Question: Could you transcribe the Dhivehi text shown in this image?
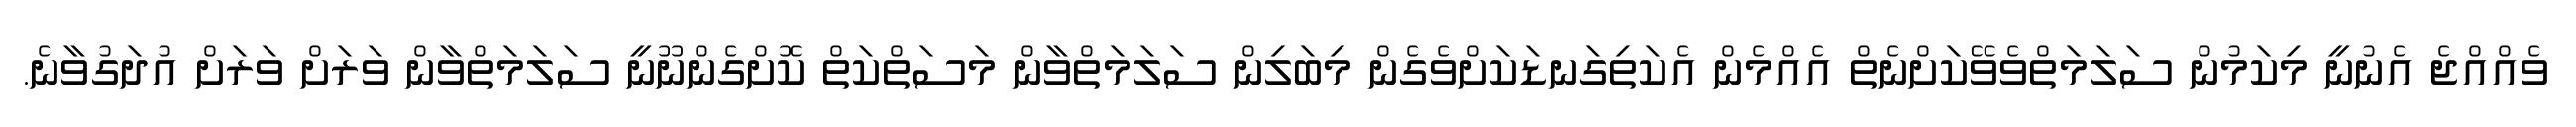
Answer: ވެއްއްޖެ އެނުނީ މިކަމުން ސަލަމަތްވެވޭކަށްނެތް އެއްމެން އެކަތިގަނޑަކަށްވެގެން މިބަލިން ސަލަމަތްވާން މަސަތްކަތް ކޮށްގެންނޫނީ ސަލަމަތްވާން ވަރަށް ވަރަށް އުދަގުވާނެ.